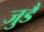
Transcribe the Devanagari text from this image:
जुडै